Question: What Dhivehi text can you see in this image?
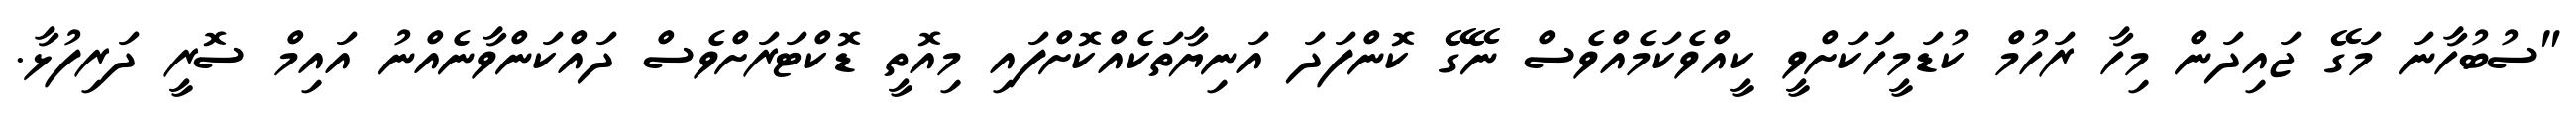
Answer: "ސުބުހާނަ މަގޭ ޖައިދަން މިހާ ރަހުމް ކުޑަމީހަކަށްވީ ކީއްވެކަމެއްވެސް ނޭގޭ ކޮންފަދަ އަނިޔާތަކެއްކޮށްފައި މިއޮތީ ޑޮކްޓަރަށްވެސް ދައްކަންވާނެއްނު އައިމް ސޮރީ ދަރިފުޅާ.